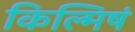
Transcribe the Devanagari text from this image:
किल्मिषं